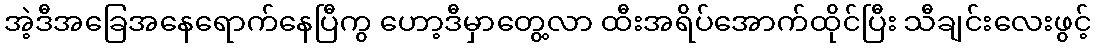
အဲ့ဒီအခြေအနေရောက်နေပြီကွ ဟော့ဒီမှာတွေ့လာ ထီးအရိပ်အောက်ထိုင်ပြီး သီချင်းလေးဖွင့်